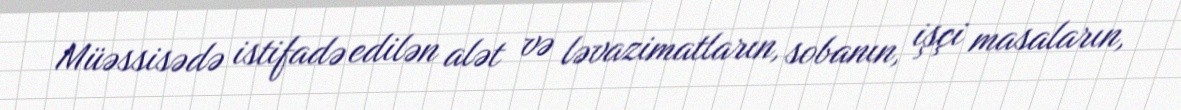
Müəssisədə istifadə edilən alət və ləvazimatların, sobanın, işçi masaların,